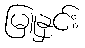
မြူနှင်း